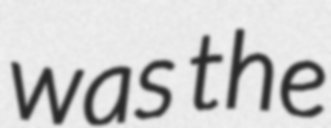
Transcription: was the